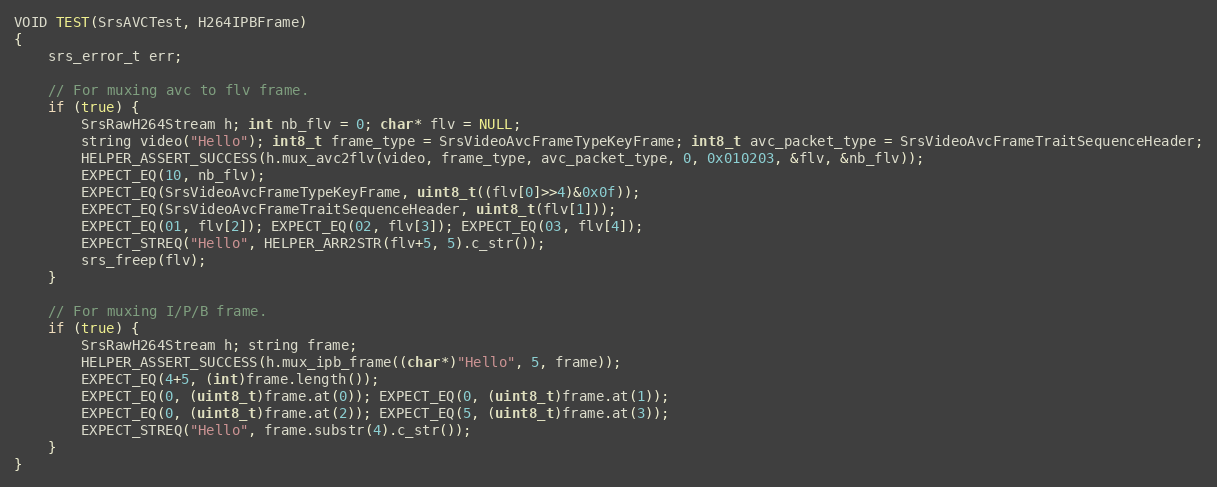
Language: C++
VOID TEST(SrsAVCTest, H264IPBFrame)
{
    srs_error_t err;

    // For muxing avc to flv frame.
    if (true) {
        SrsRawH264Stream h; int nb_flv = 0; char* flv = NULL;
        string video("Hello"); int8_t frame_type = SrsVideoAvcFrameTypeKeyFrame; int8_t avc_packet_type = SrsVideoAvcFrameTraitSequenceHeader;
        HELPER_ASSERT_SUCCESS(h.mux_avc2flv(video, frame_type, avc_packet_type, 0, 0x010203, &flv, &nb_flv));
        EXPECT_EQ(10, nb_flv);
        EXPECT_EQ(SrsVideoAvcFrameTypeKeyFrame, uint8_t((flv[0]>>4)&0x0f));
        EXPECT_EQ(SrsVideoAvcFrameTraitSequenceHeader, uint8_t(flv[1]));
        EXPECT_EQ(01, flv[2]); EXPECT_EQ(02, flv[3]); EXPECT_EQ(03, flv[4]);
        EXPECT_STREQ("Hello", HELPER_ARR2STR(flv+5, 5).c_str());
        srs_freep(flv);
    }

    // For muxing I/P/B frame.
    if (true) {
        SrsRawH264Stream h; string frame;
        HELPER_ASSERT_SUCCESS(h.mux_ipb_frame((char*)"Hello", 5, frame));
        EXPECT_EQ(4+5, (int)frame.length());
        EXPECT_EQ(0, (uint8_t)frame.at(0)); EXPECT_EQ(0, (uint8_t)frame.at(1));
        EXPECT_EQ(0, (uint8_t)frame.at(2)); EXPECT_EQ(5, (uint8_t)frame.at(3));
        EXPECT_STREQ("Hello", frame.substr(4).c_str());
    }
}